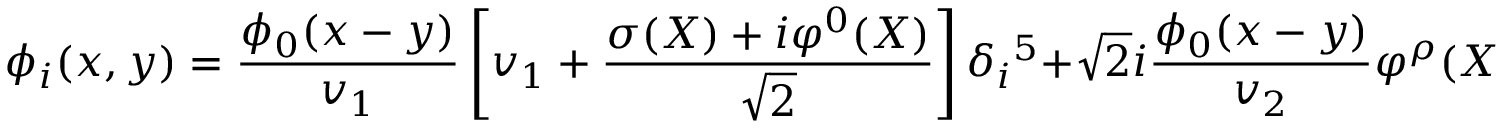
\phi _ { i } ( x , y ) = \frac { \phi _ { 0 } ( x - y ) } { v _ { 1 } } \left[ v _ { 1 } + \frac { \sigma ( X ) + i \varphi ^ { 0 } ( X ) } { \sqrt { 2 } } \right] \delta _ { i } { } ^ { 5 } + \sqrt { 2 } i \frac { \phi _ { 0 } ( x - y ) } { v _ { 2 } } \varphi ^ { \rho } ( X ) \left( S ^ { \rho } \right) _ { i } { } ^ { 5 } + \ldots ,